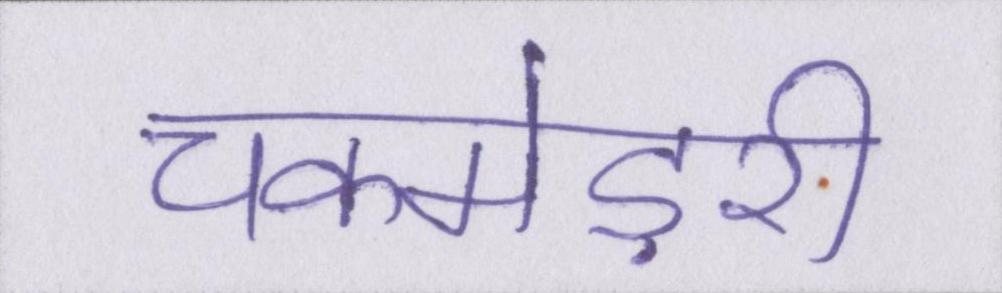
चकमेड़री